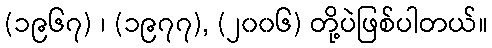
(၁၉၆၇) ၊ (၁၉၇၇), (၂၀၀၆) တို့ပဲဖြစ်ပါတယ်။